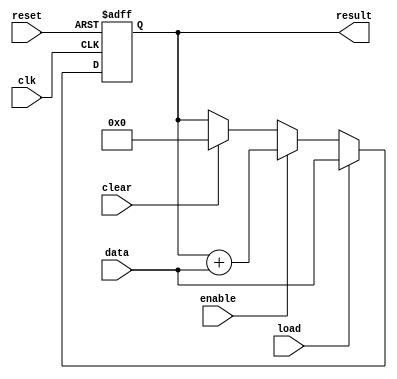
module simple_accumulator(
    input wire clk,
    input wire reset,
    input wire load,
    input wire clear,
    input wire enable,
    input wire [31:0] data,
    output reg [31:0] result
);

reg [31:0] accumulator;

always @(posedge clk or posedge reset) begin
    if (reset) begin
        accumulator <= 32'd0;
    end else begin
        if (load) begin
            accumulator <= data;
        end else begin
            if (enable) begin
                accumulator <= accumulator + data;
            end else begin
                if (clear) begin
                    accumulator <= 32'd0;
                end
            end
        end
    end
end

assign result = accumulator;

endmodule